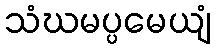
သံဃမပ္ပမေယျံ